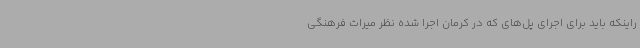
راینکه باید برای اجرای پل‌های که در کرمان اجرا شده نظر میراث فرهنگی